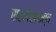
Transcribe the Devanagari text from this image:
सहलेखकत्व